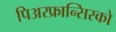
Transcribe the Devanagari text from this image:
पिअरफ्रान्सिस्को